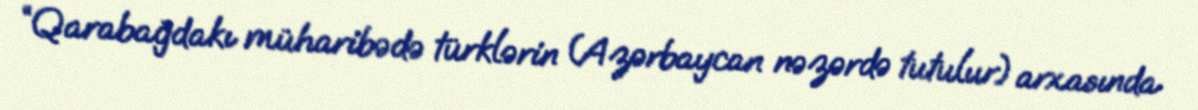
“Qarabağdakı müharibədə türklərin (Azərbaycan nəzərdə tutulur) arxasında